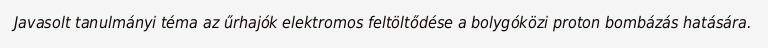
Javasolt tanulmányi téma az űrhajók elektromos feltöltődése a bolygóközi proton bombázás hatására.